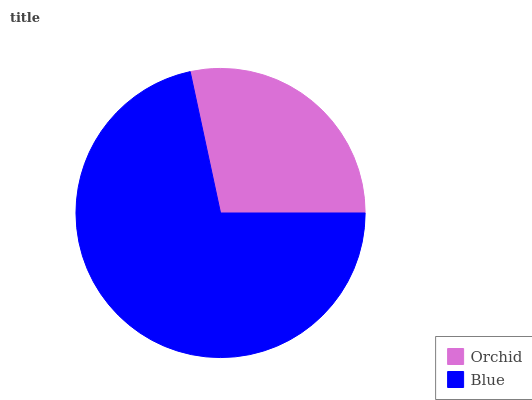
| Orchid | Blue |
 | --- | --- |
 | 28.3% | 71.7% |